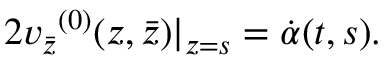
2 { v _ { \bar { z } } } ^ { ( 0 ) } ( z , \bar { z } ) | _ { z = s } = \dot { \alpha } ( t , s ) .